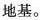
地基。